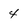
Character: 4